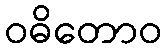
ဝဓိတောဝ